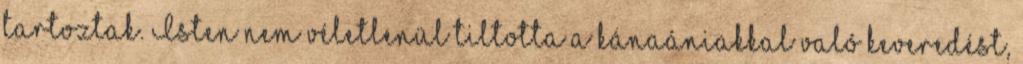
tartoztak. Isten nem véletlenül tiltotta a kánaániakkal való keveredést,